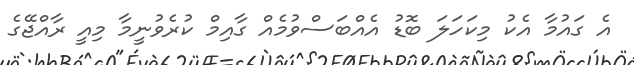
އެ ގައުމާ އެކު މިކަހަލަ ބޮޑު އެއްބަސްވުމެއް ގާއިމް ކުރެވުނީމާ މިއީ ރާއްޖޭގެ